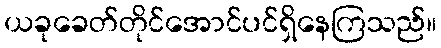
ယခုခေတ်တိုင်အောင်ပင်ရှိနေကြသည်။